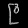
Digit: ၉